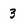
Character: 3